Trukikaitis_Postimees, lk 9
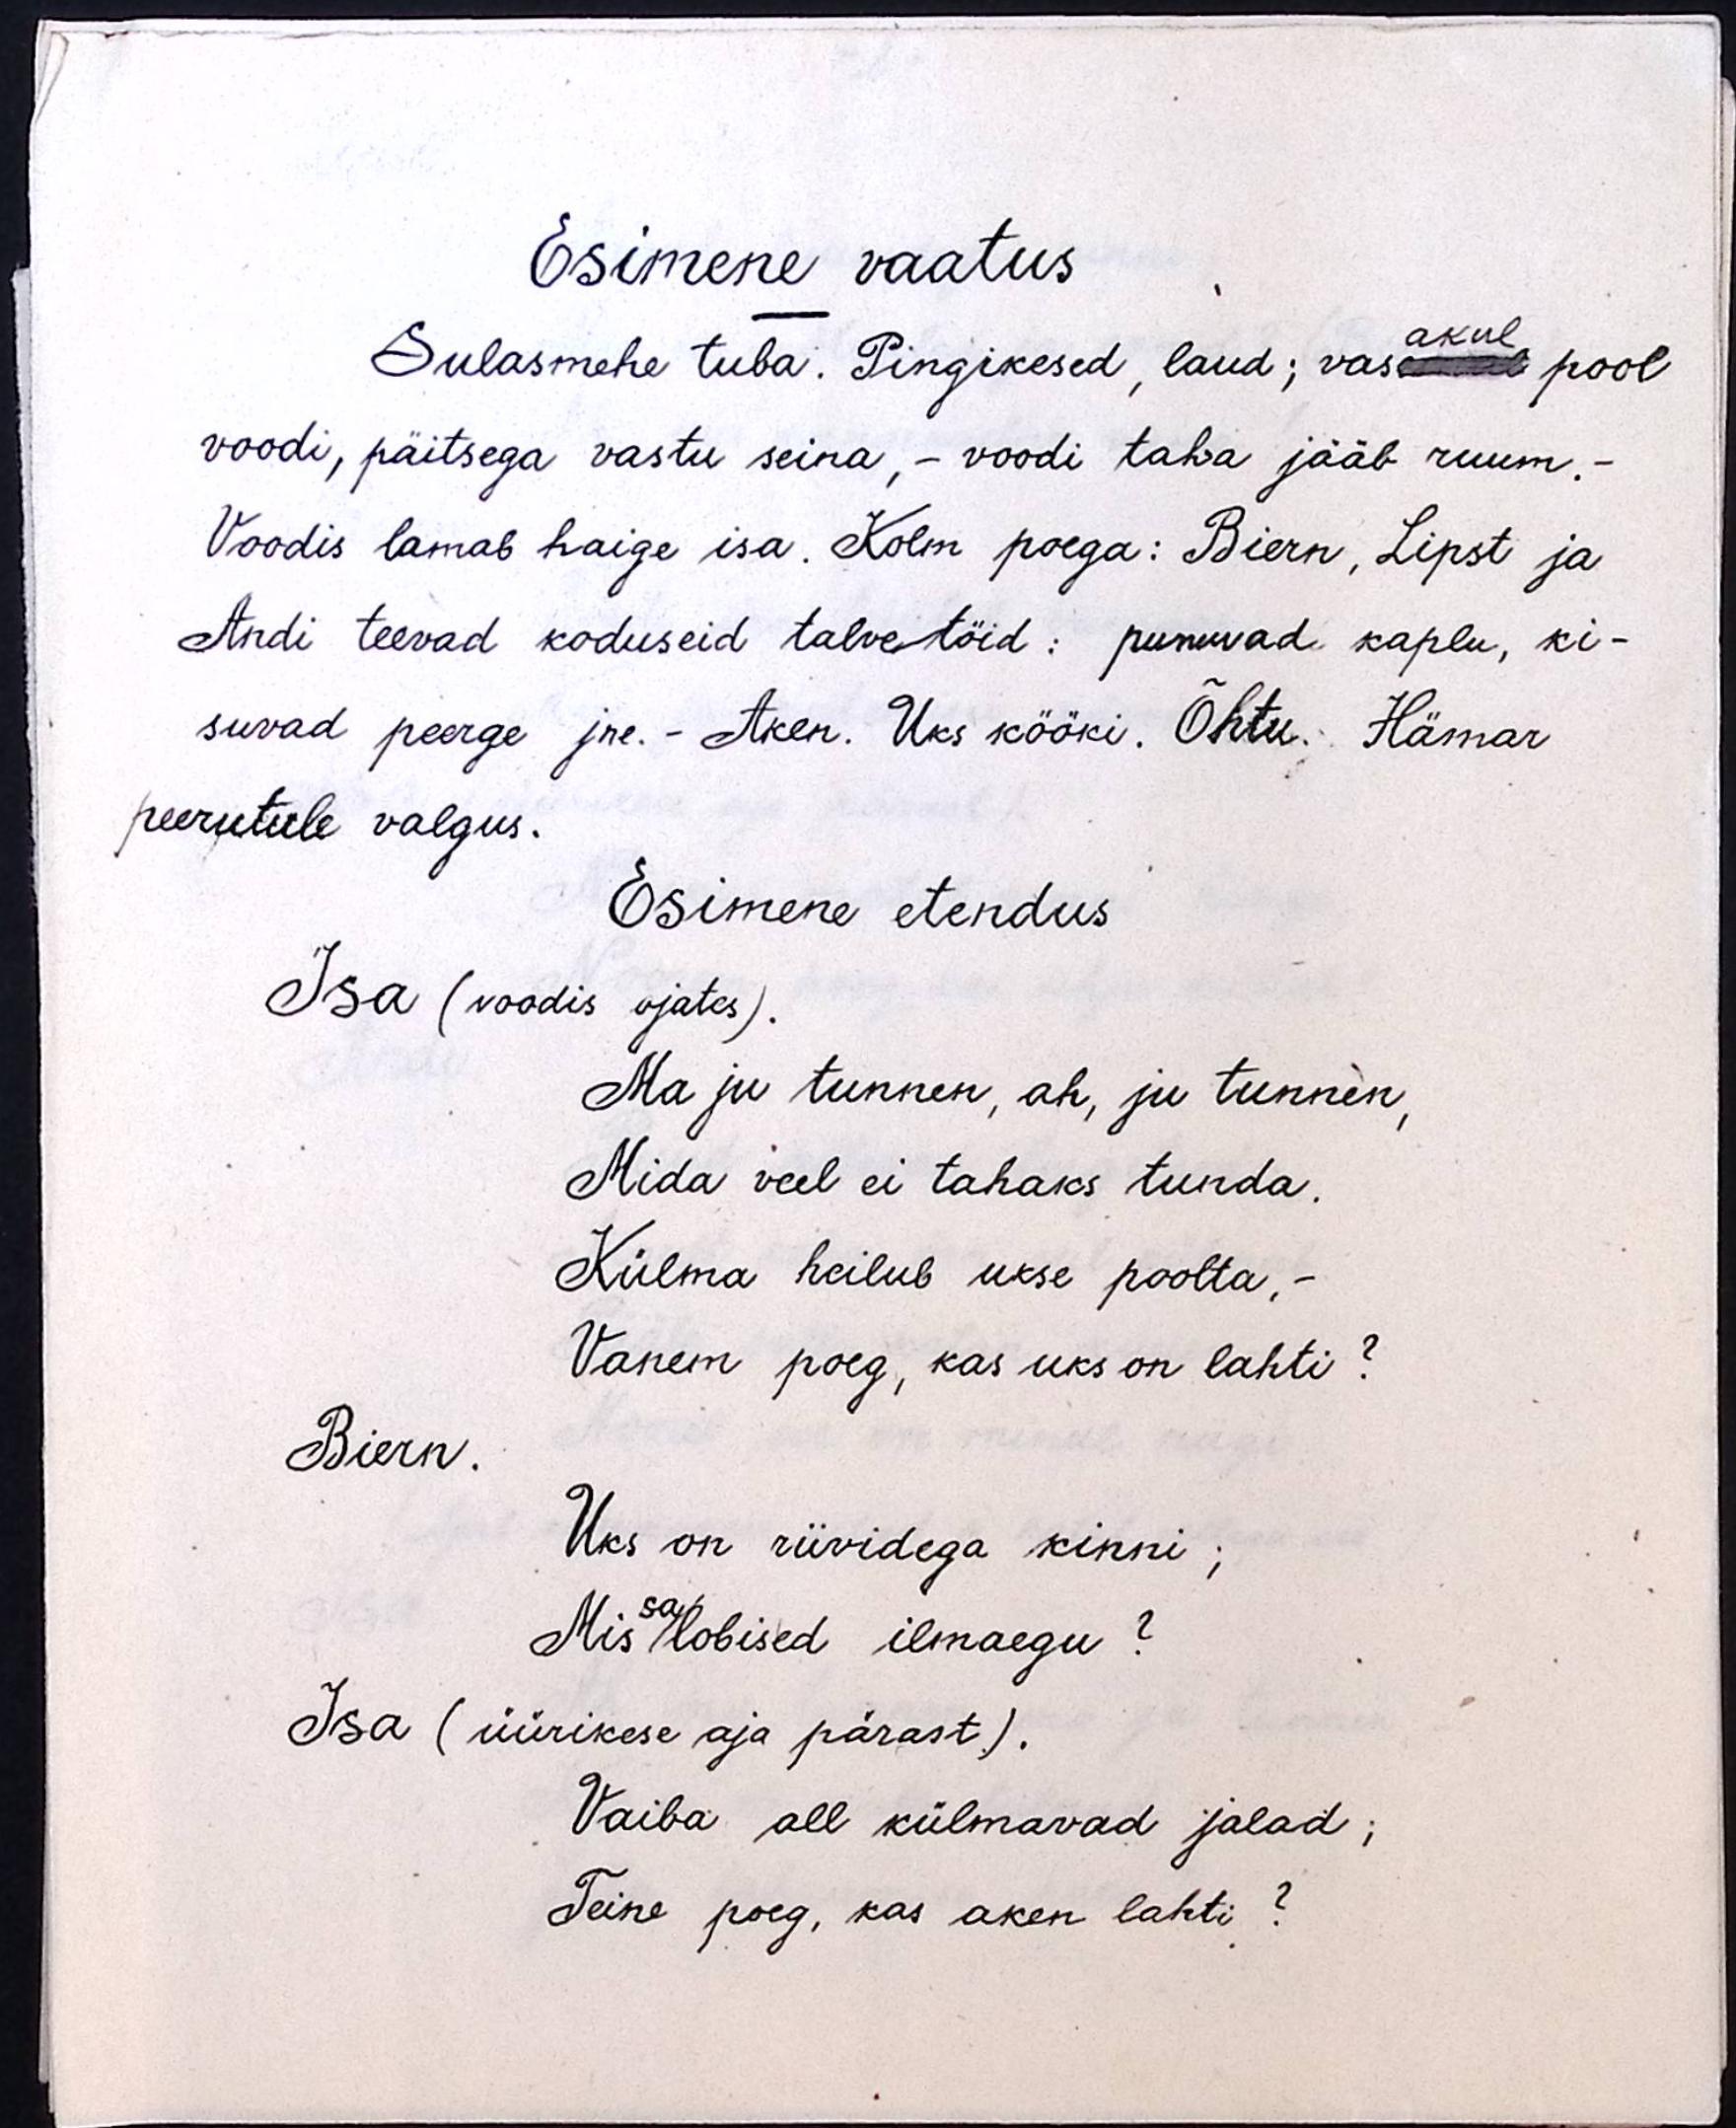
Esimene vaatus
Sulasmehe tuba. Pingikesed, laud; vasemal pool
akul
voodi, päitsega vastu seina, - voodi taha jääb ruum. -
Voodis lamab haige isa. Kolm poega: Biern, Lipst ja
Andi teevad koduseid talvetöid: punuvad kaplu, ki-
suvad peerge jne.- Aken. Uks kööki. Õhtu. Hämar
peerutule valgus.
Esimene etendus
Isa (voodis ojates).
Ma ju tunnen, ah, ju tunnen,
Mida veel ei tahaks tunda.
Külma heilub ukse poolta, -
Vanem poeg, kas uks on lahti?
Biern.
Uks on riividega kinni;
Mis sa lobised ilmaegu?
Isa (üürikese aja pärast).
Vaiba all külmavad jalad;
Teine poeg, kas aken lahti?